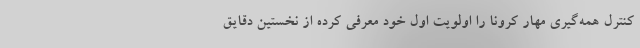
کنترل همه‌گیری مهار کرونا را اولویت اول خود معرفی کرده از نخستین دقایق